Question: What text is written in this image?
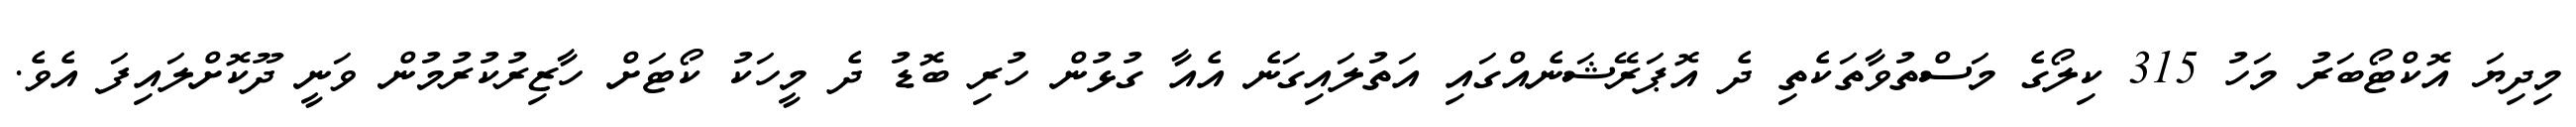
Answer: މިދިޔަ އޮކްޓޯބަރު މަހު 315 ކިލޯގެ މަސްތުވާތަކެތި ދެ އޮޕަރޭޝަނެއްގައި އަތުލައިގަނެ އެއާ ގުޅުން ހުރި ބޮޑު ދެ މީހަކު ކޯޓަށް ހާޒިރުކުރުމުން ވަނީ ދޫކޮށްލައިފަ އެވެ.